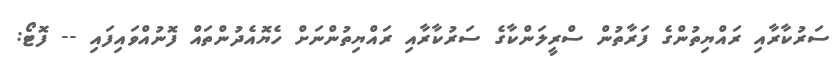
ސަރުކާރާއި ރައްޔިތުންގެ ފަރާތުން ސްރީލަންކާގެ ސަރުކާރާއި ރައްޔިތުންނަށް ހެޔޮއެދުންތައް ފޮނުއްވައިފައި -- ފޮޓޯ: